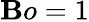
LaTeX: \mathbf{B}o=1